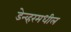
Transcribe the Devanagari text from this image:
डेन्व्हरमधील